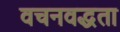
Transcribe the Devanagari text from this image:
वचनवद्धता